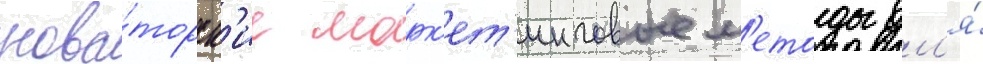
нова́торск'ие марк'ет'инговые м'етоды дл'я́